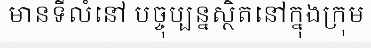
មានទីលំនៅ បច្ចុប្បន្នស្ថិតនៅក្នុងក្រុម